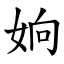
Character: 姠